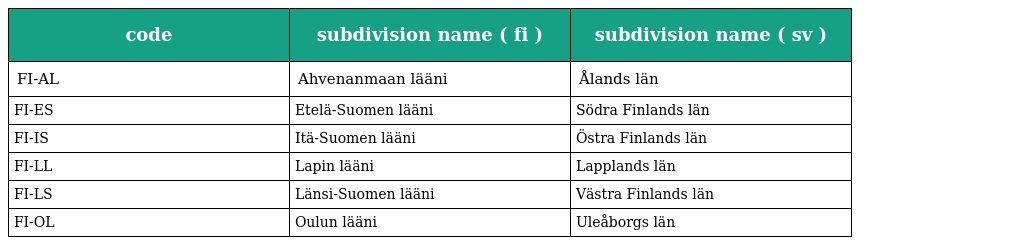
| code | subdivision name ( fi ) | subdivision name ( sv ) |
 | --- | --- | --- |
 | FI-AL | Ahvenanmaan lääni | Ålands län |
 | FI-ES | Etelä-Suomen lääni | Södra Finlands län |
 | FI-IS | Itä-Suomen lääni | Östra Finlands län |
 | FI-LL | Lapin lääni | Lapplands län |
 | FI-LS | Länsi-Suomen lääni | Västra Finlands län |
 | FI-OL | Oulun lääni | Uleåborgs län |